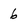
Character: 6